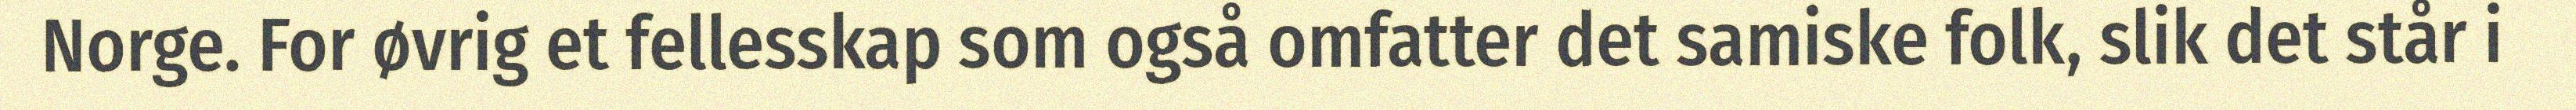
Norge. For øvrig et fellesskap som også omfatter det samiske folk, slik det står i